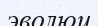
эволюц